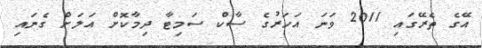
އޭގެ ތެރޭގައި 2011 ވަނަ އަހަރުގެ ސާކް ސަމިޓާ ދިމާކޮށް އަލަށް ގެނައި